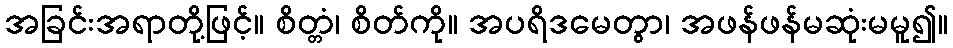
အခြင်းအရာတို့ဖြင့်။ စိတ္တံ၊ စိတ်ကို။ အပရိဒမေတွာ၊ အဖန်ဖန်မဆုံးမမူ၍။